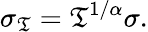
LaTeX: \sigma_{\mathfrak{T}}=\mathfrak{T}^{1/\alpha}\sigma.